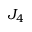
J _ { 4 }